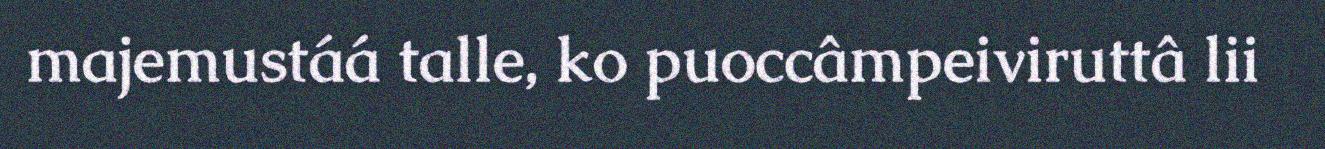
majemustáá talle, ko puoccâmpeiviruttâ lii